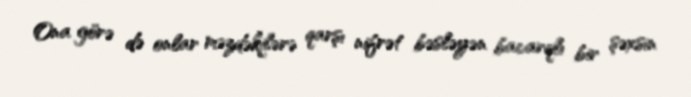
Ona görə də onlar məzdəkilərə qarşı nifrət bəsləyən bacarqlı bir şəxsin